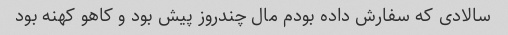
سالادی که سفارش داده بودم مال چندروز پیش بود و کاهو کهنه بود